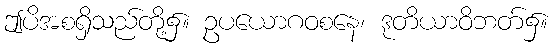
ဤပိအစရှိသည်တို့၌။ ဥပယောဂဝစနေ၊ ဒုတိယာဝိဘတ်၌။